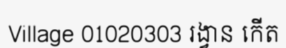
Village 01020303 រង្វាន កើត